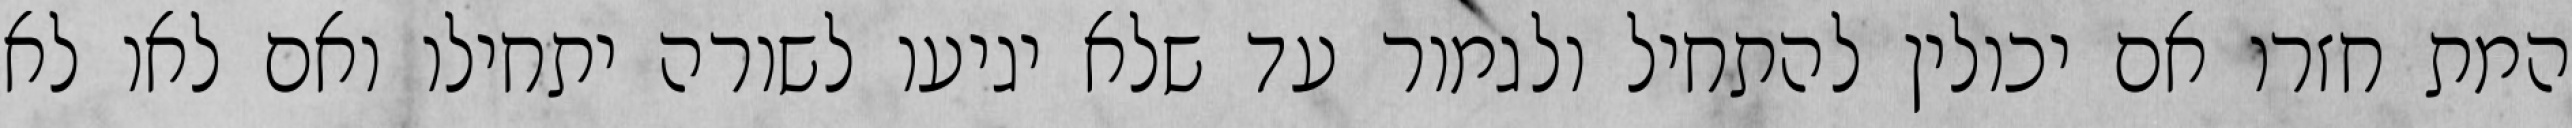
המת חזרו אם יכולין להתחיל ולגמור עד שלא יגיעו לשורה יתחילו ואם לאו לא